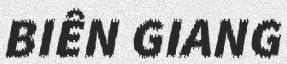
BIÊN GIANG